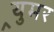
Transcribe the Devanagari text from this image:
र्‍युमर